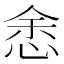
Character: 悆